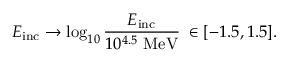
E _ { \mathrm { i n c } } \to \log _ { 1 0 } \frac { E _ { \mathrm { i n c } } } { 1 0 ^ { 4 . 5 } ~ \mathrm { M e V } } \; \in [ - 1 . 5 , 1 . 5 ] .